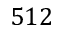
5 1 2